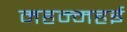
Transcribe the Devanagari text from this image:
महम्महई